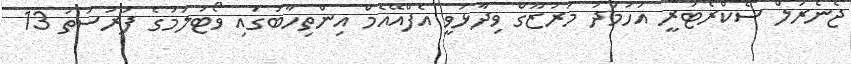
ޖެނެރަލް ސެކްރެޓަރީ އަހުމަދު މަރުޒޫގް ވިދާޅުވީ އެފްއޭއެމް އިންތިހާބުގައި ވޯޓުލުމުގެ ފުރުސަތު 13